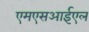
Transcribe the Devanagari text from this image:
एमएसआईएल